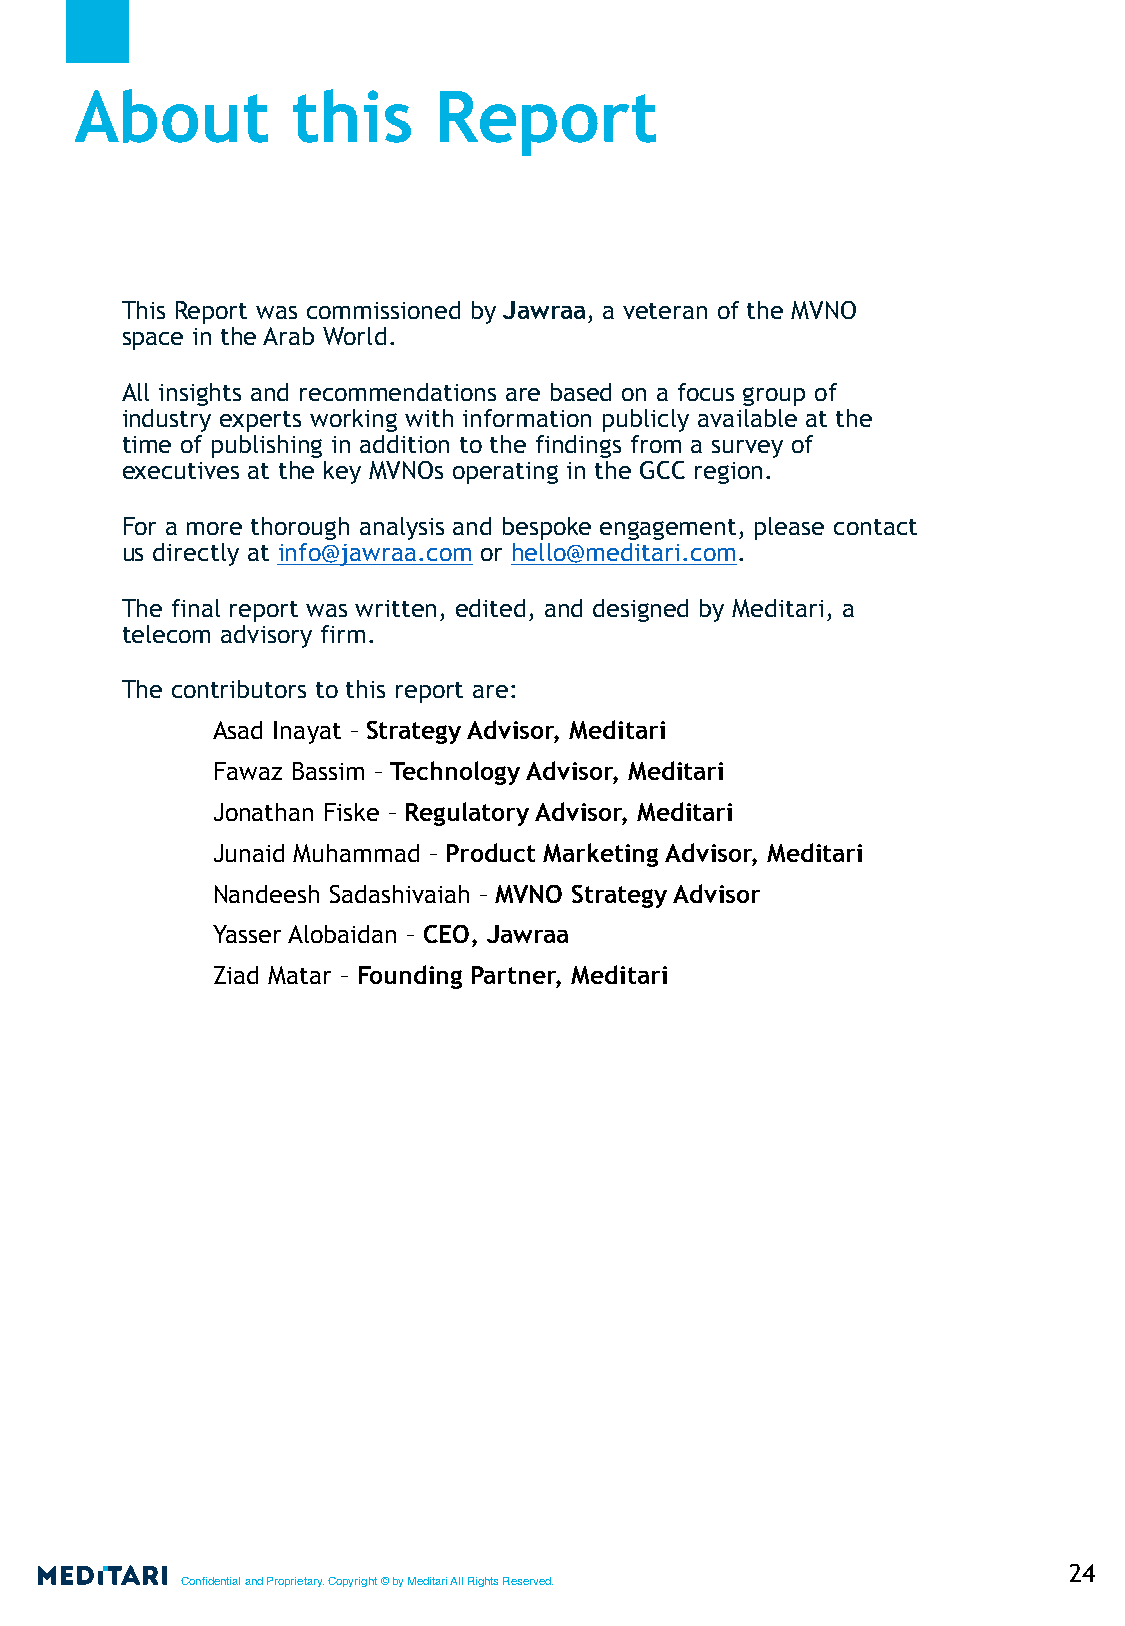
About         this      Report
 This Report was commissioned by Jawraa, a veteran of the MVNO
 space in the Arab World.
 All insights and recommendations are based on a focus group of
 industry experts working with information publicly available at the
 time of publishing in addition to the findings from a survey of
 executives at the key MVNOs operating in the GCC region.
 For a more thorough analysis and bespoke engagement, please contact
 us directly at info@jawraa.com or hello@meditari.com.
 The final report was written, edited, and designed by Meditari, a
 telecom advisory firm.
 The contributors to this report are:
 Asad Inayat – Strategy Advisor, Meditari
 Fawaz Bassim – Technology Advisor, Meditari
 Jonathan Fiske – Regulatory Advisor, Meditari
 Junaid Muhammad – Product Marketing Advisor, Meditari
 Nandeesh Sadashivaiah – MVNO Strategy Advisor
 Yasser Alobaidan – CEO, Jawraa
 Ziad Matar – Founding Partner, Meditari
 24
 Confidential and Proprietary. Copyright © by Meditari All Rights Reserved.